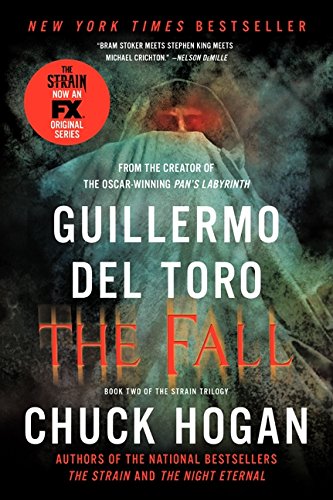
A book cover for The Fall: Book Two of the Strain Trilogy; Guillermo Del Toro; Mystery, Thriller & Suspense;